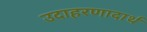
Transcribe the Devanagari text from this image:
उदाहरणादार्थ